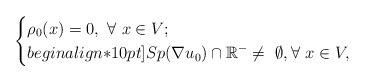
LaTeX: \begin{align*} \begin{cases}\displaystyle\rho_0(x)=0, \ \forall \ x\in V;\\begin{align*}10pt]\displaystyle Sp(\nabla u_0) \cap \mathbb{R}^-\neq\ \emptyset, \forall \ x \in V,\end{cases}\end{align*}